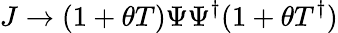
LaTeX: J\rightarrow(1+\theta T)\Psi\Psi^{\dagger}(1+\theta T^{\dagger})